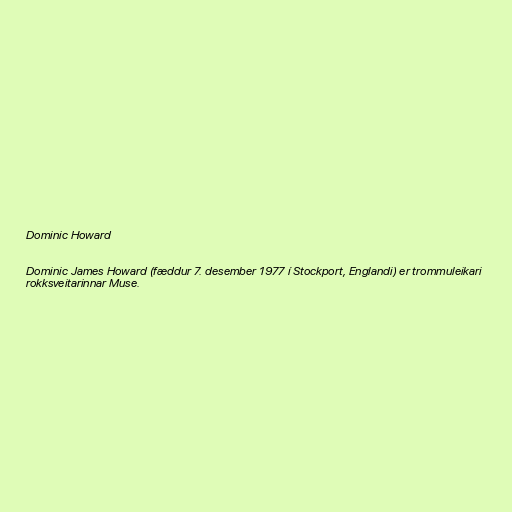
Dominic Howard

Dominic James Howard (fæddur 7. desember 1977 í Stockport, Englandi) er trommuleikari
rokksveitarinnar Muse.